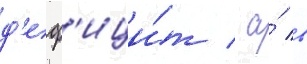
д'еф'ици́т / а́ в